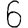
Digit: 6